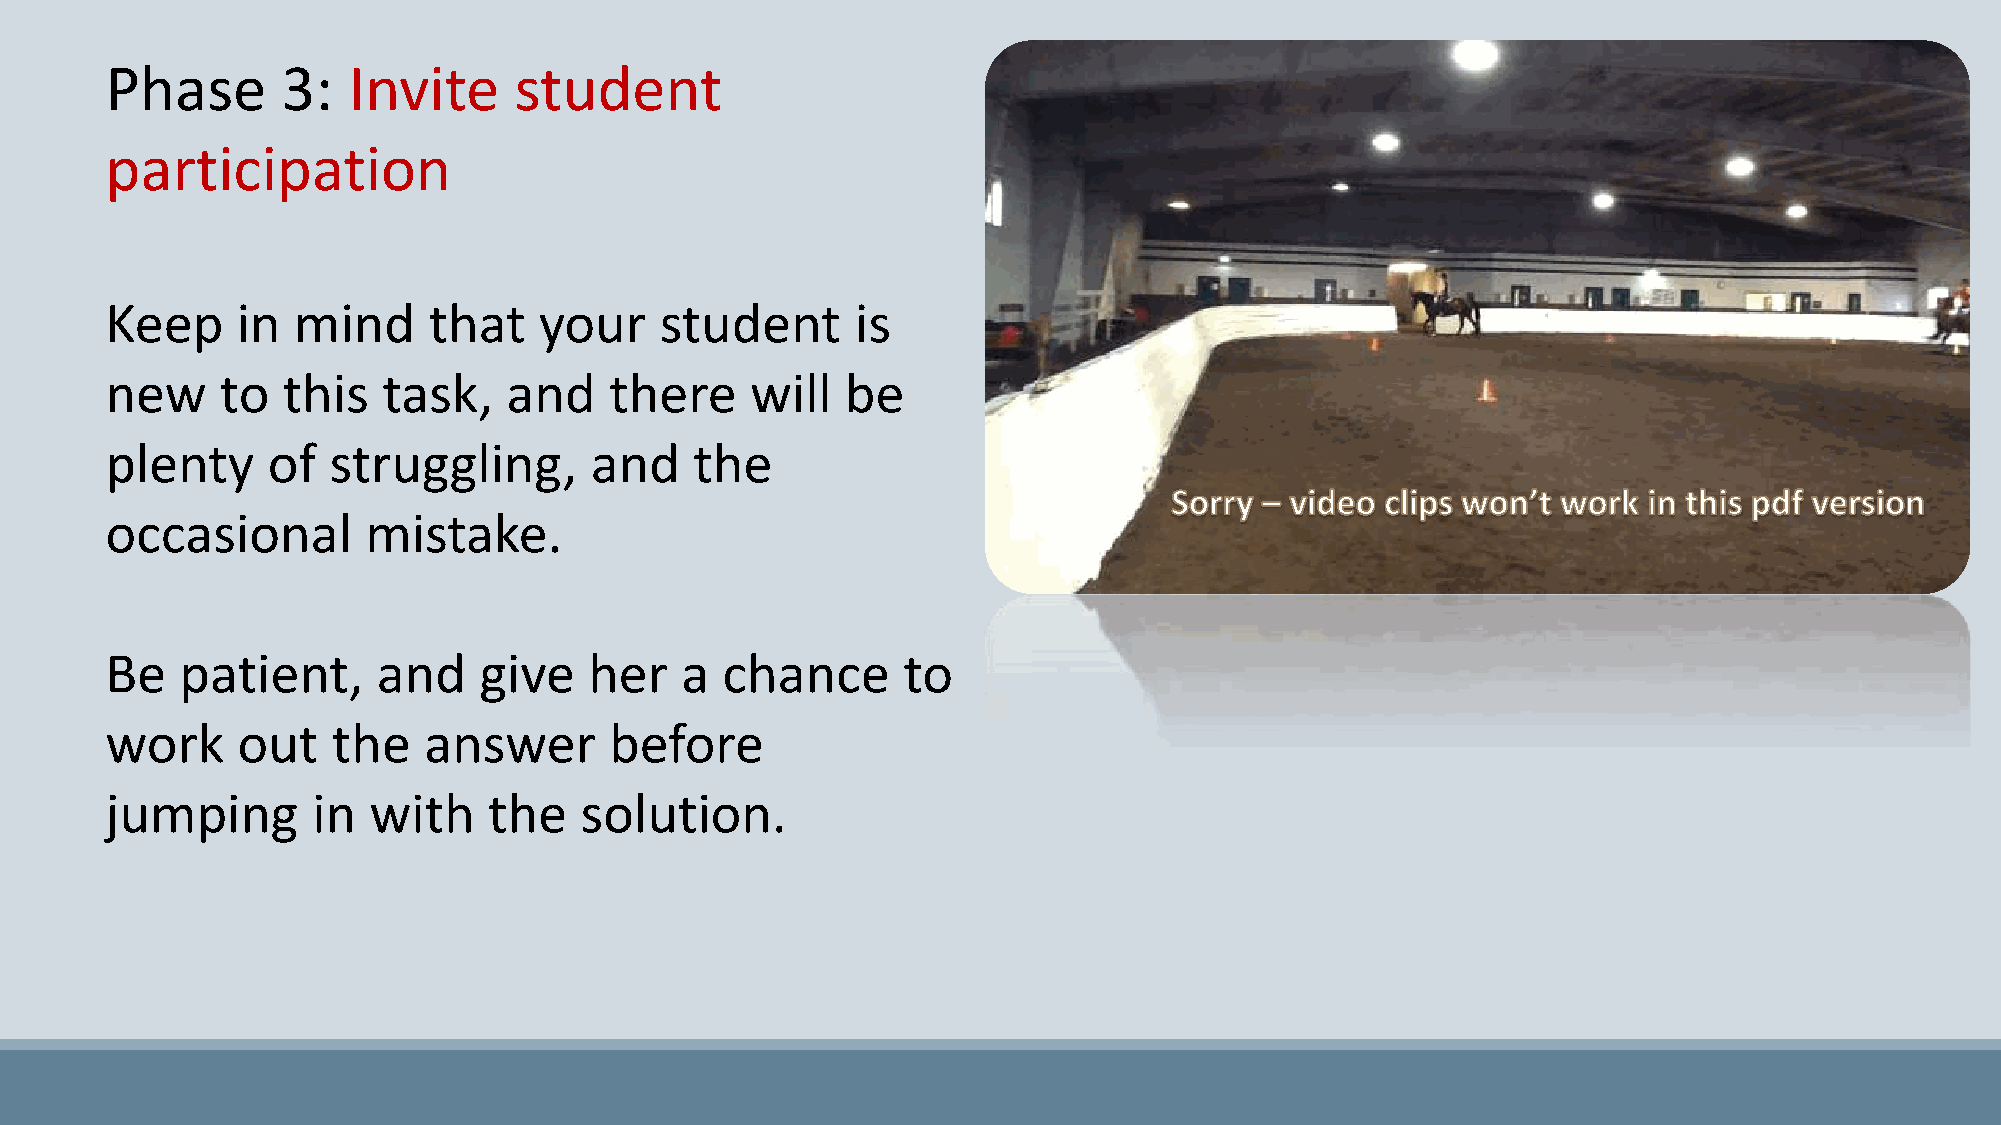
Phase       3:  Invite     student
 participation
 Keep     in mind     that    your    student      is
 new     to  this  task,    and   there     will  be
 plenty     of  struggling,      and    the
 occasional       mistake.
 Be   patient,     and    give   her   a  chance      to
 work     out   the   answer      before
 jumping       in with    the   solution.